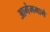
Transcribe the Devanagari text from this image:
आगेममागे